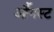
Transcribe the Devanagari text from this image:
ऑॅगस्ट